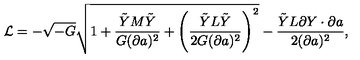
{ \cal L } = - \sqrt { - G } \sqrt { 1 + { \frac { \tilde { Y } M \tilde { Y } } { G ( \partial a ) ^ { 2 } } } + \left( { \frac { \tilde { Y } L \tilde { Y } } { 2 G ( \partial a ) ^ { 2 } } } \right) ^ { 2 } } - { \frac { \tilde { Y } L \partial Y \cdot \partial a } { 2 ( \partial a ) ^ { 2 } } } ,